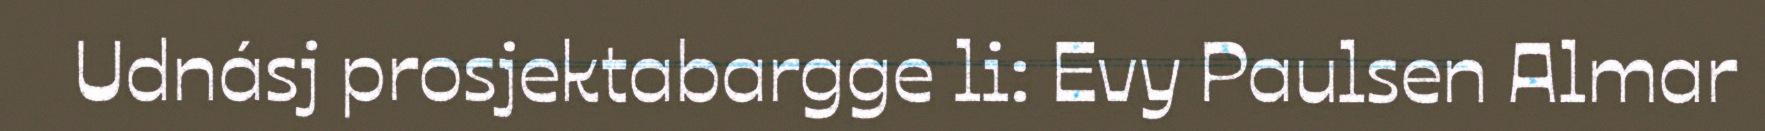
Udnásj prosjektabargge li: Evy Paulsen Almar